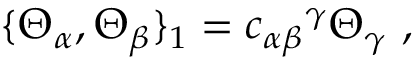
\{ \Theta _ { \alpha } , \Theta _ { \beta } \} _ { 1 } = { c _ { \alpha \beta } } ^ { \gamma } \Theta _ { \gamma } \ ,